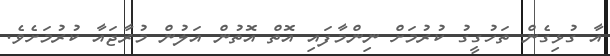
އާ ގުޅިގެން ތަހުގީގު ކުރުމަށް ނިންމާފައި އޮތް އޮތުން އަލުން މުރާޖައާ ކުރުމަށެވެ.